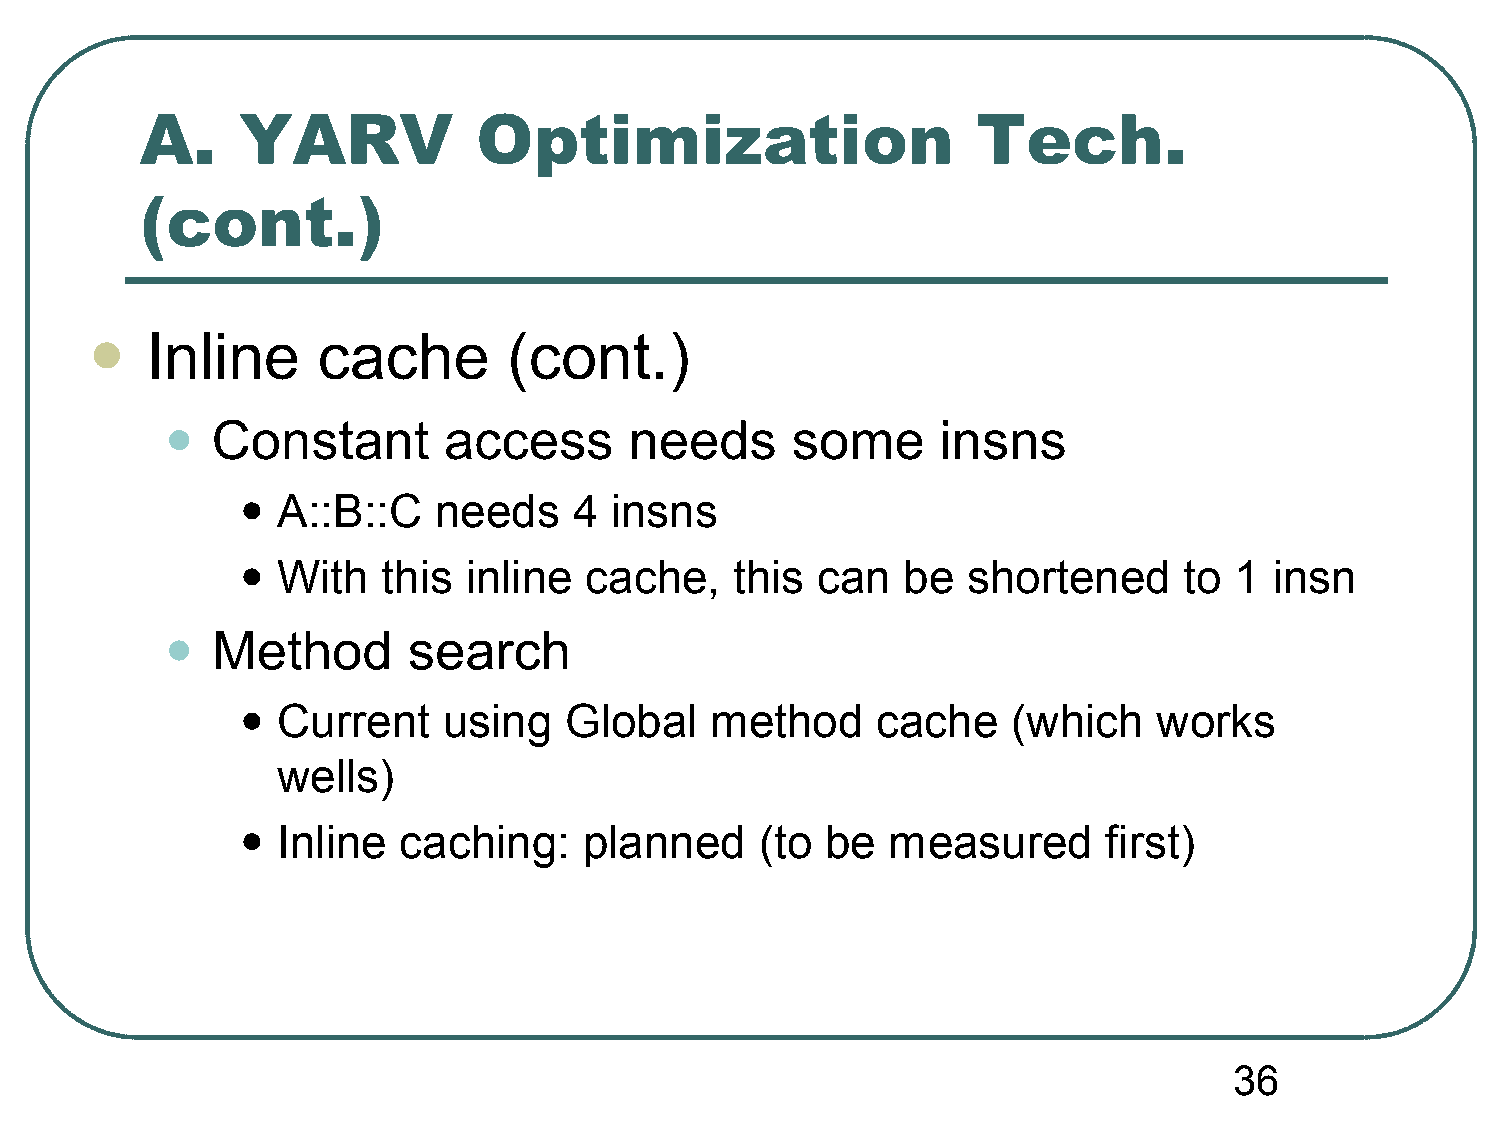
A.     YARV            Optimization                     Tech.
 (cont.)
 Inline     cache        (cont.)
 
 •
 Constant       access       needs     some      insns
 •
 A::B::C    needs    4 insns
 •
 With   this  inline  cache,    this can   be  shortened     to  1 insn
 •
 Method       search
 •
 Current    using   Global    method     cache    (which    works
 wells)
 •
 Inline  caching:     planned    (to  be  measured      first)
 36